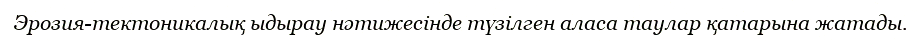
Эрозия-тектоникалық ыдырау нәтижесінде түзілген аласа таулар қатарына жатады.